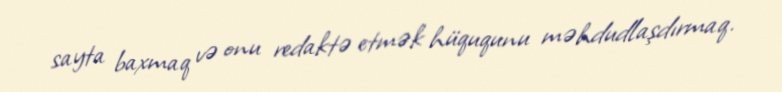
sayta baxmaq və onu redaktə etmək hüququnu məhdudlaşdırmaq.